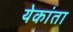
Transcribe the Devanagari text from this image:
येकांता